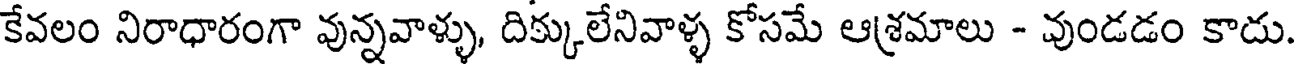
కేవలం నిరాధారంగా వున్నవాళ్ళు, దిక్కులేనివాళ్ళ కోసమే ఆశ్రమాలు - వుండడం కాదు.